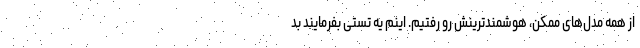
از همه مدل‌های ممکن، هوشمندترینش رو رفتیم. اینم یه تستی بفرمایند بد